Lunatic asylums Central Provinces reports 1886-1894 - 1886-1894
Year: 1886
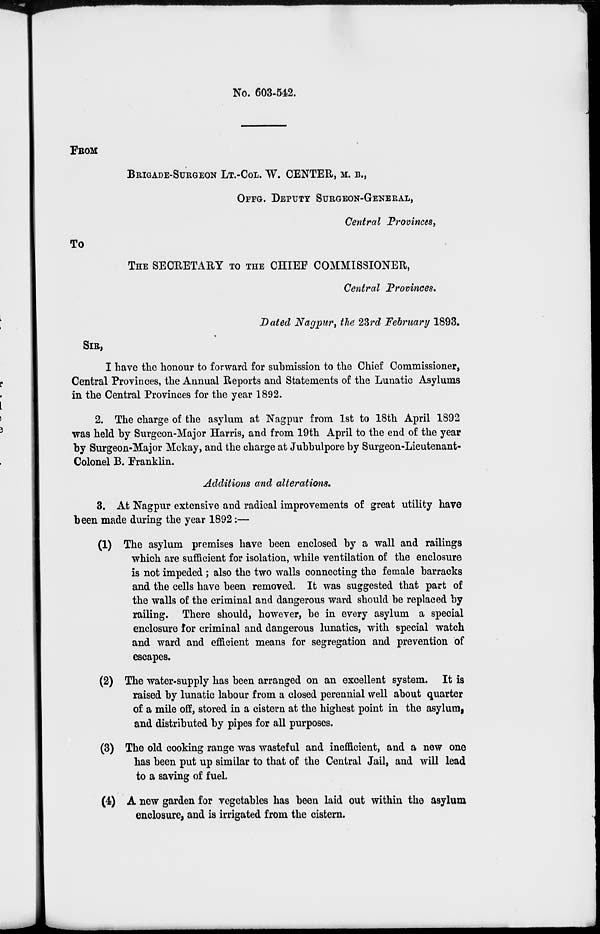
No. 603-542.
FROM
BRIGADE-SURGEON LT.-COL. W. CENTER, M. B.,
OFFG. DEPUTY SURGEON-GENERAL,
Central Provinces,
TO
THE SECRETARY TO THE CHIEF COMMISSIONER,
Central Provinces.
Dated Nagpur, the 23rd February 1893.
SIR,
I have the honour to forward for submission to the Chief Commissioner,
Central Provinces, the Annual Reports and Statements of the Lunatic Asylums
in the Central Provinces for the year 1892.
2. The charge of the asylum at Nagpur from 1st to 18th April 1892
was held by Surgeon-Major Harris, and from 19th April to the end of the year
by Surgeon-Major Mckay, and the charge at Jubbulpore by Surgeon-Lieutenant-
Colonel B. Franklin.
Additions and alterations.
3. At Nagpur extensive and radical improvements of great utility have
been made during the year 1892:—
(1) The asylum premises have been enclosed by a wall and railings
which are sufficient for isolation, while ventilation of the enclosure
is not impeded ; also the two walls connecting the female barracks
and the cells have been removed. It was suggested that part of
the walls of the criminal and dangerous ward should be replaced by
railing. There should, however, be in every asylum a special
enclosure for criminal and dangerous lunatics, with special watch
and ward and efficient means for segregation and prevention of
escapes.
(2) The water-supply has been arranged on an excellent system. It is
raised by lunatic labour from a closed perennial well about quarter
of a mile off, stored in a cistern at the highest point in the asylum,
and distributed by pipes for all purposes.
(3) The old cooking range was wasteful and inefficient, and a new one
has been put up similar to that of the Central Jail, and will lead
to a saving of fuel.
(4) A new garden for vegetables has been laid out within the asylum
enclosure, and is irrigated from the cistern.